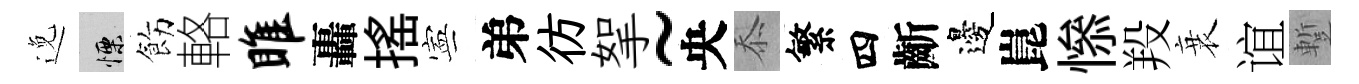
𨓜慄飭輅雎轟揺寕弟彷挐~央忝繁四齗邊崑𢡖羖衰谊蹔